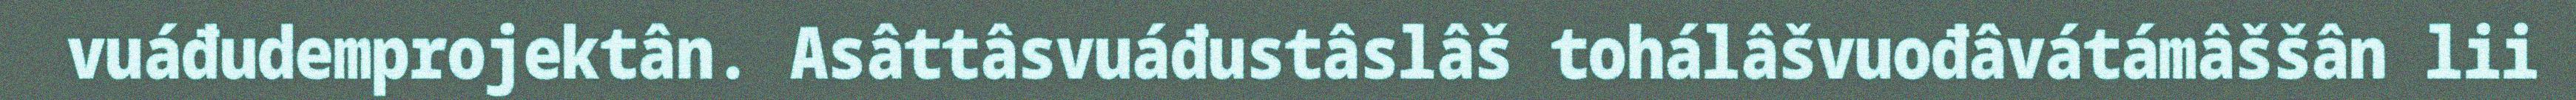
vuáđudemprojektân. Asâttâsvuáđustâslâš tohálâšvuođâvátámâššân lii